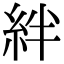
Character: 絆